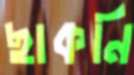
ছাকনি